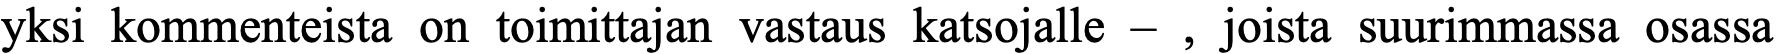
yksi kommenteista on toimittajan vastaus katsojalle – , joista suurimmassa osassa